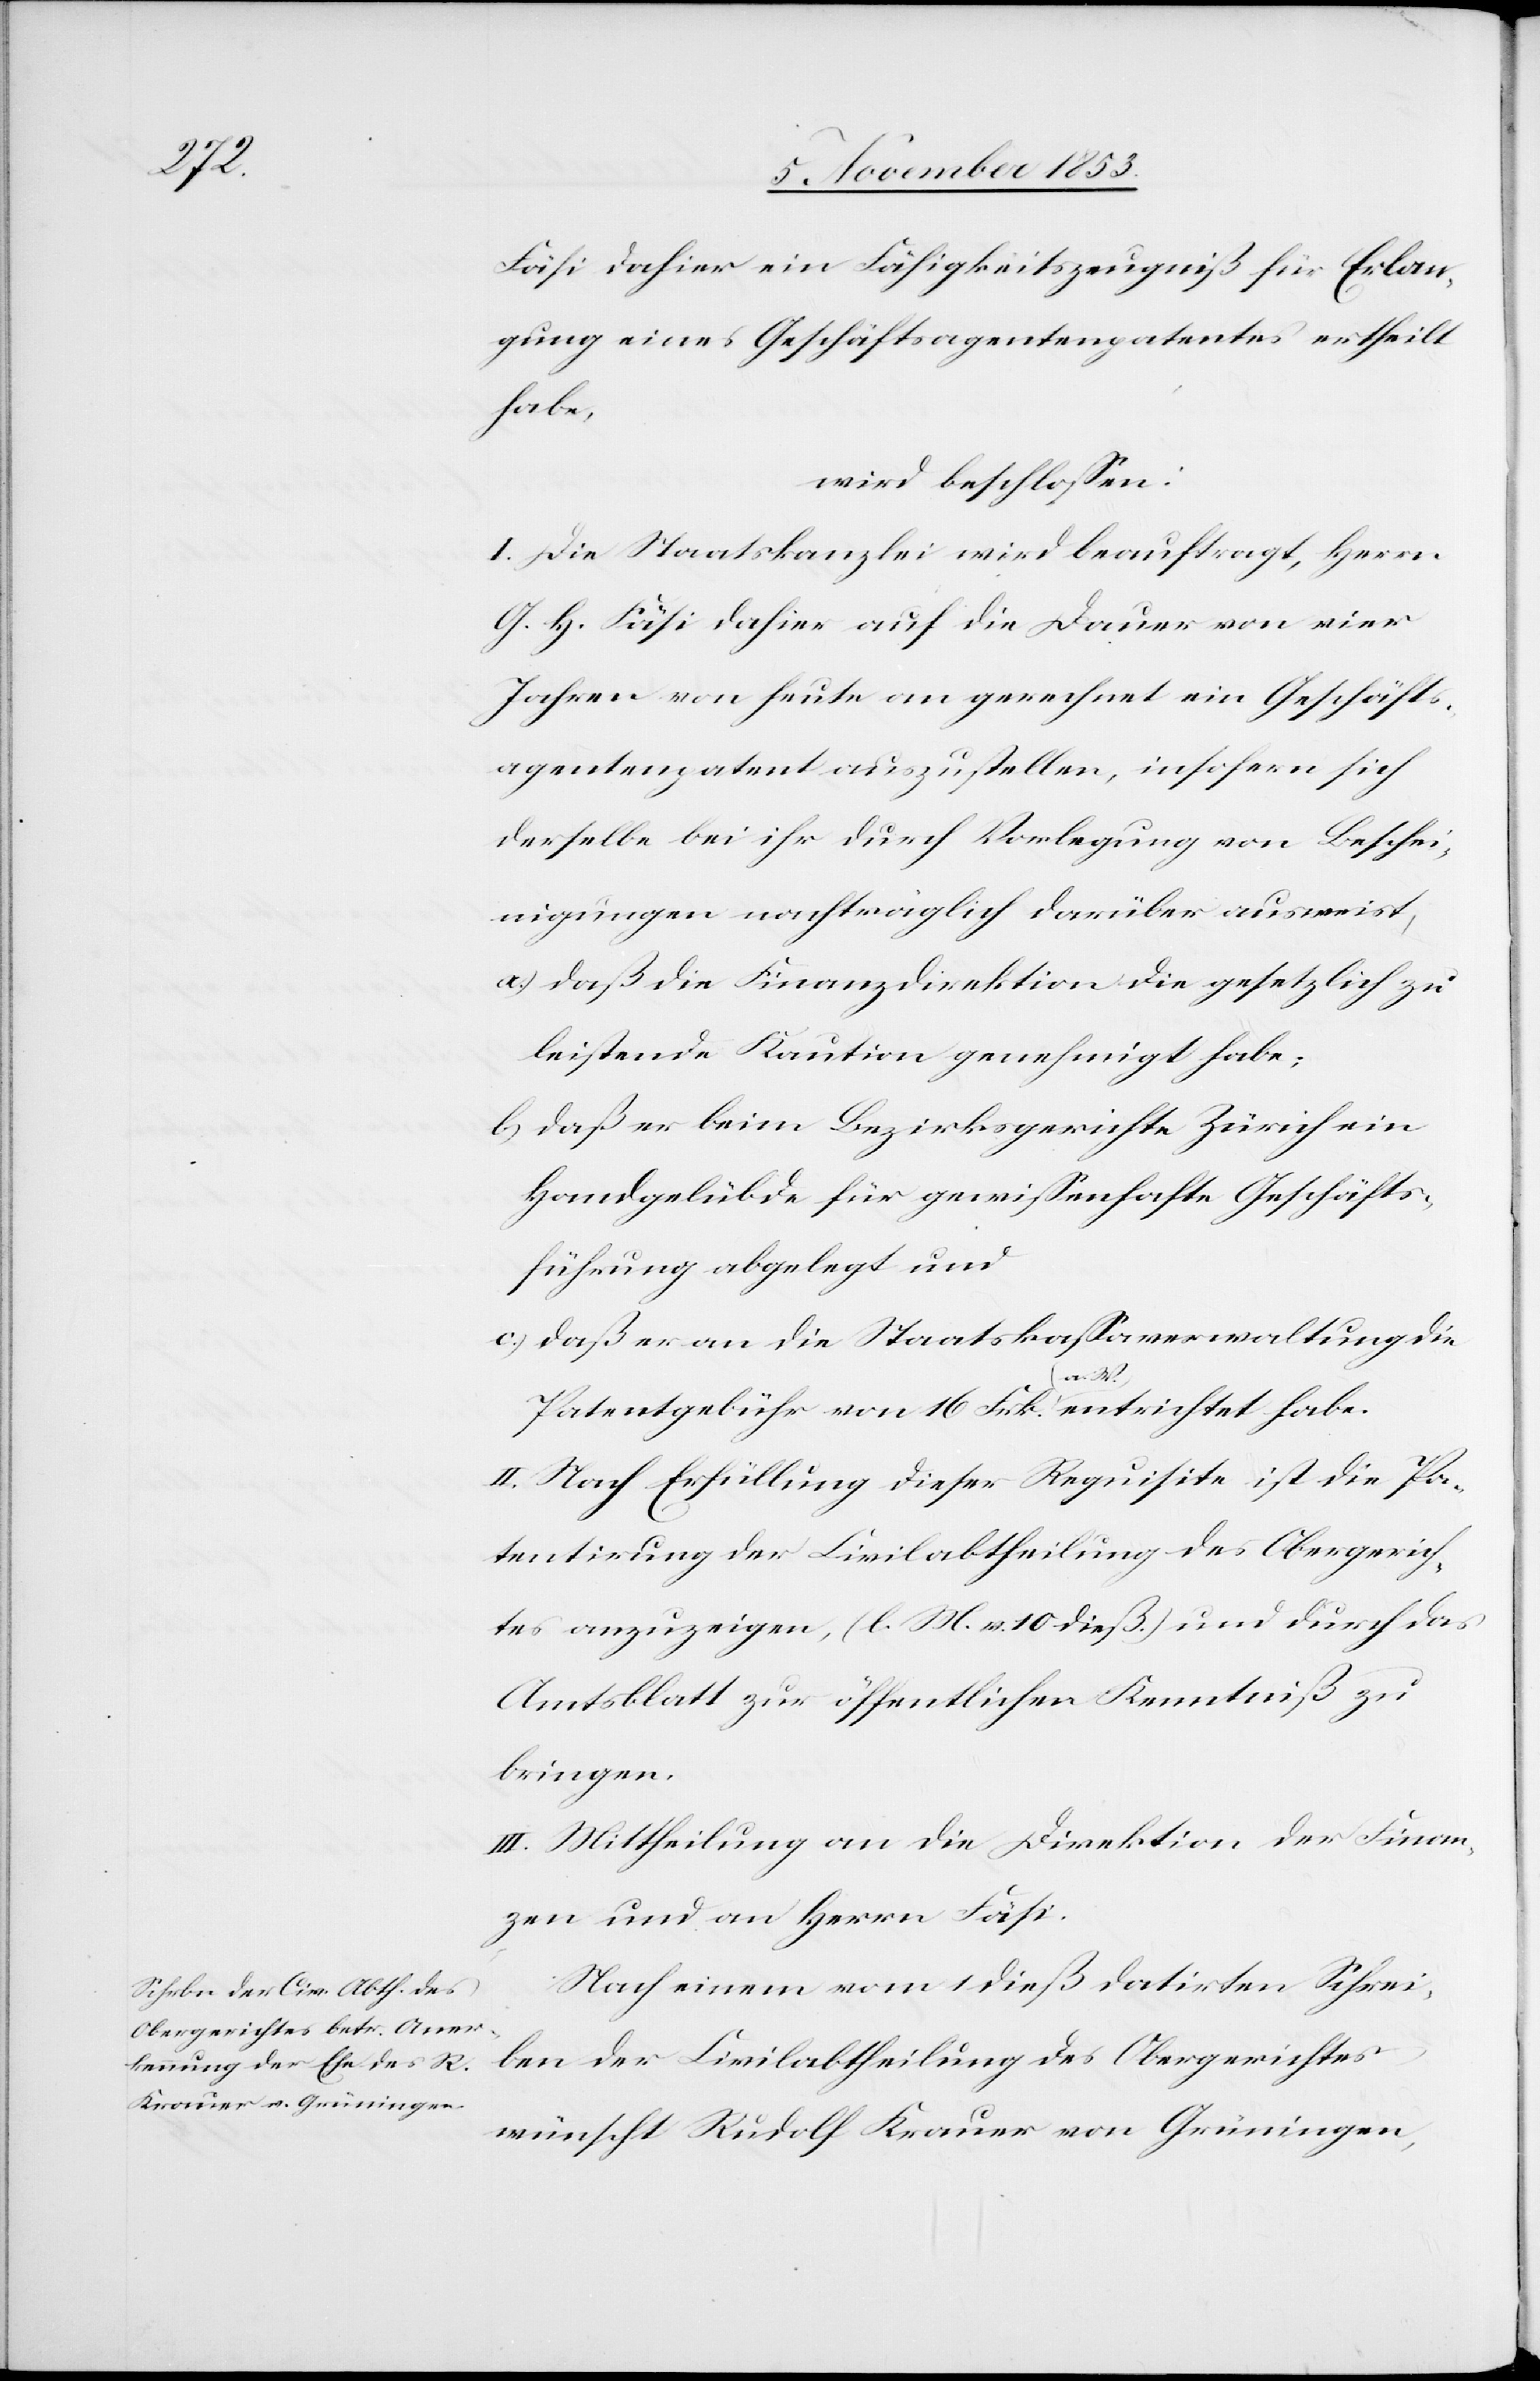
Fäsi dahier ein Fähigkeitszeugniß für Erla¬
ßung eines Geschäftsagentenpatentes ertheilt
habe,
wird beschloßen:
I. Die Staatskanzlei wird beauftragt, Herrn
G. H. Fäsi dahier auf die Dauer von vier
Jahren von heute an gerechnet ein Geschäfts¬
agentenpatent auszustellen, insofern sich
derselbe bei ihr durch Vorlegung von Beschei¬
nigungen nachträglich darüber ausweist,
a) daß die Finanzdirektion die gesetzlich zu
leistende Kaution genehmigt habe;
b) daß er beim Bezirksgerichte Zürich ein
Handgelübde für gewißenhafte Geschäfts¬
führung abgelegt und
c) daß er an die Staatskaßaverwaltung die
Patentgebühr von 16 Frk. (a. W.) entrichtet habe.
II. Nach Erfüllung dieser Requisite ist die Pa¬
tentirung der Civilabtheilung des Obergerich¬
tes anzuzeigen, (l. M. v. 10 dieß) und durch das
Amtsblatt zur öffentlichen Kenntniß zu
bringen.
III. Mittheilung an die Direktion der Finan¬
zen und an den Herrn Fäsi.
Nach einem vom 1 dieß datirten Schrei¬
ben der Civilabtheilung des Obergerichtes
wünscht Rudolf Krauer von Grüningen,